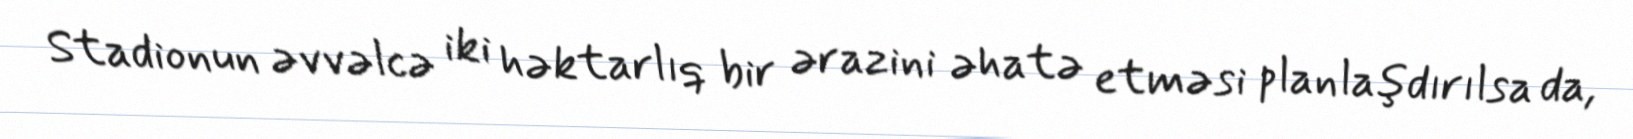
Stadionun əvvəlcə iki həktarlıq bir ərazini əhatə etməsi planlaşdırılsa da,